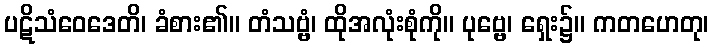
ပဋိသံဝေဒေတိ၊ ခံစား၏။ တံသဗ္ဗံ၊ ထိုအလုံးစုံကို။ ပုဗ္ဗေ၊ ရှေး၌။ ကတဟေတု၊